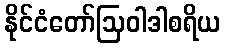
နိုင်ငံတော်ဩဝါဒါစရိယ